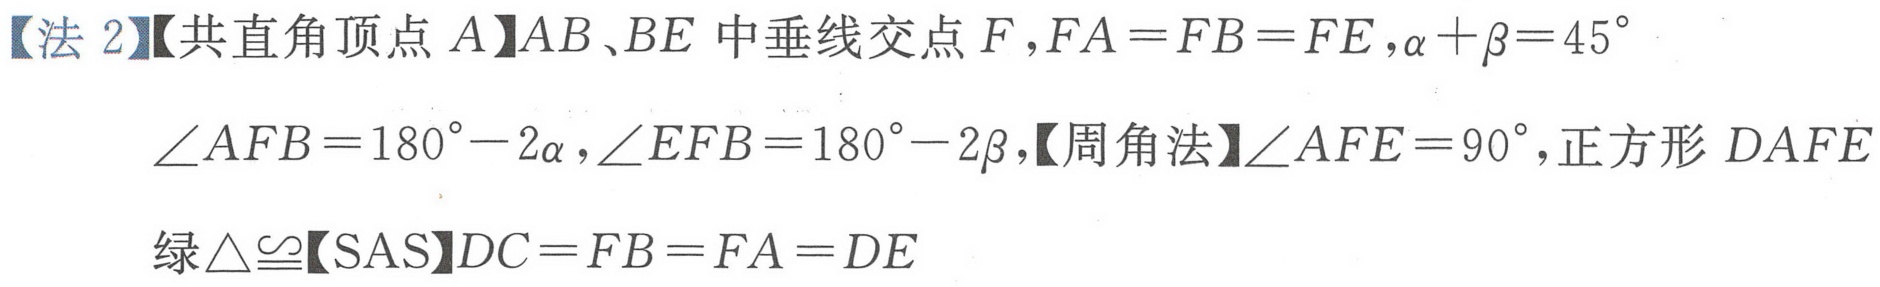
【法 2】【共直角顶点 \(A\)】\(AB\)、\(BE\) 中垂线交点 \(F\)，\(FA = FB = FE\)，\(\alpha+\beta = 45^{\circ}\)
\(\angle AFB = 180^{\circ}-2\alpha\)，\(\angle EFB = 180^{\circ}-2\beta\)，【周角法】\(\angle AFE = 90^{\circ}\)，正方形 \(DAFE\)
绿\(\triangle\cong\)【SAS】\(DC = FB = FA = DE\)